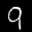
Label: 9